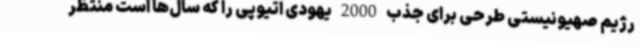
رژیم صهیونیستی طرحی برای جذب 2000 یهودی اتیوپی را که سال‌ها است منتظر